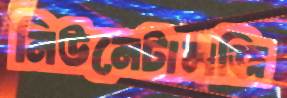
নিউনেটালজি